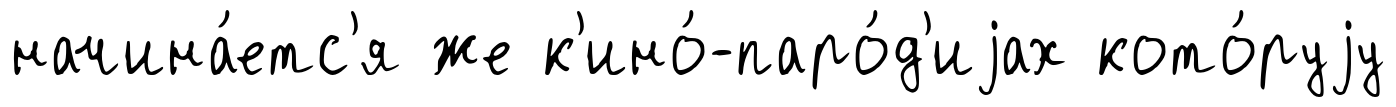
начина́етс'я же к'ино́-паро́д'иjах кото́руjу